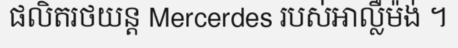
ផលិតរថយន្ត Mercerdes របស់អាល្លឺម៉ង់ ។